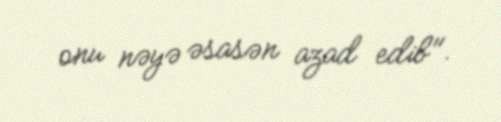
onu nəyə əsasən azad edib".